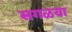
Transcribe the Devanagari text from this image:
सगळया